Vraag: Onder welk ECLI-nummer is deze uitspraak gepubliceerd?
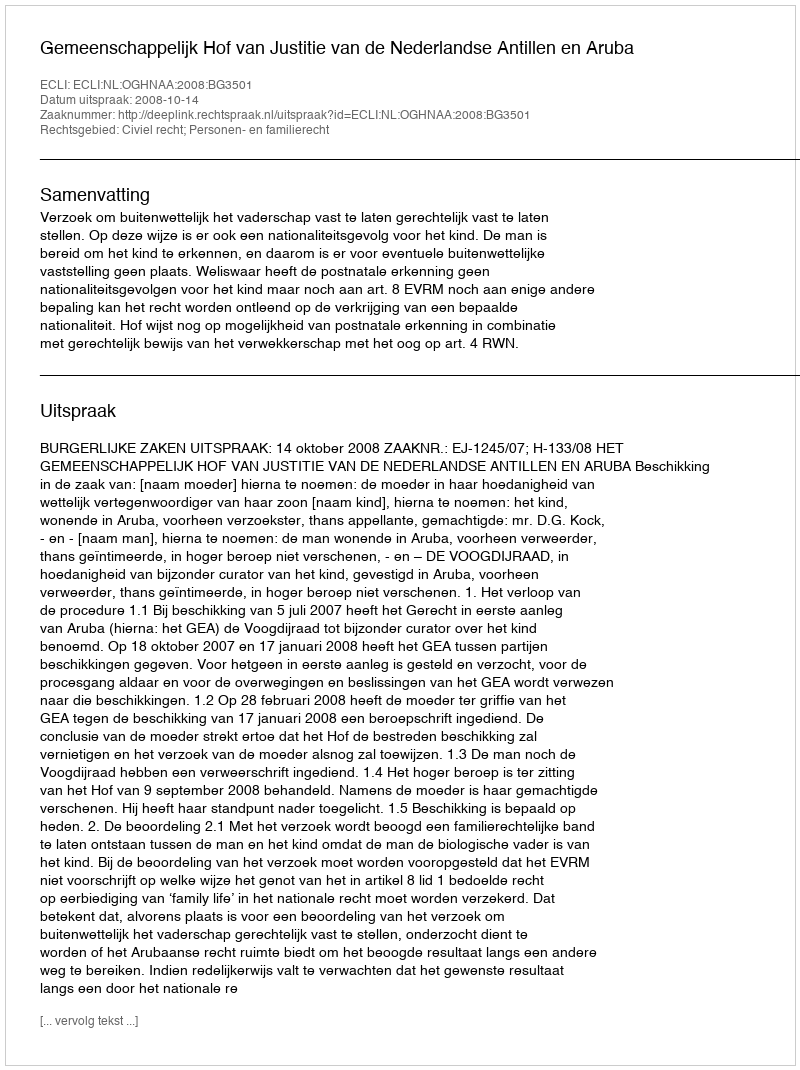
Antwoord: ECLI:NL:OGHNAA:2008:BG3501